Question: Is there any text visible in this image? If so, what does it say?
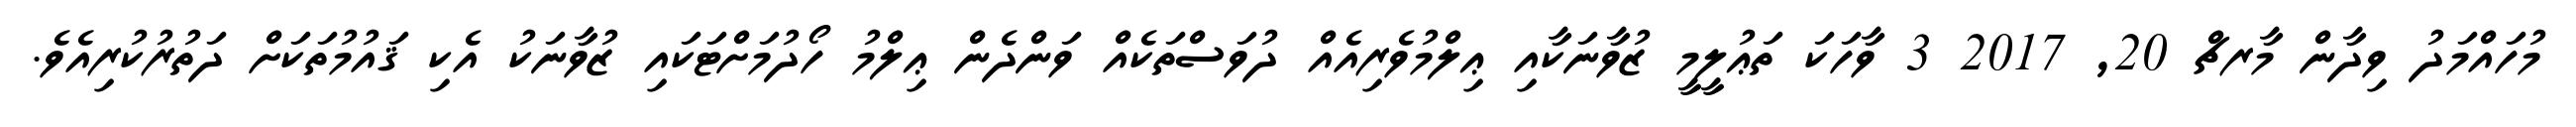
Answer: މުހައްމަދު ވިދާން މާރޗް 20, 2017 3 ވާހަކަ ތަޢުލީމީ ޒުވާނަކާއި ޢިލްމުވެރިއެއް ދުވަސްތަކެއް ވަންދެން ޢިލްމު ހޯދުމަށްޓަކައި ޒުވާނަކު އެކި ޤައުމުތަކަށް ދަތުރުކުރިއެވެ.